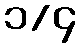
၁/၄